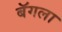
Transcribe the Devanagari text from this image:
बॅगला